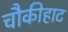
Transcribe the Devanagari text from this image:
चौकीहाट